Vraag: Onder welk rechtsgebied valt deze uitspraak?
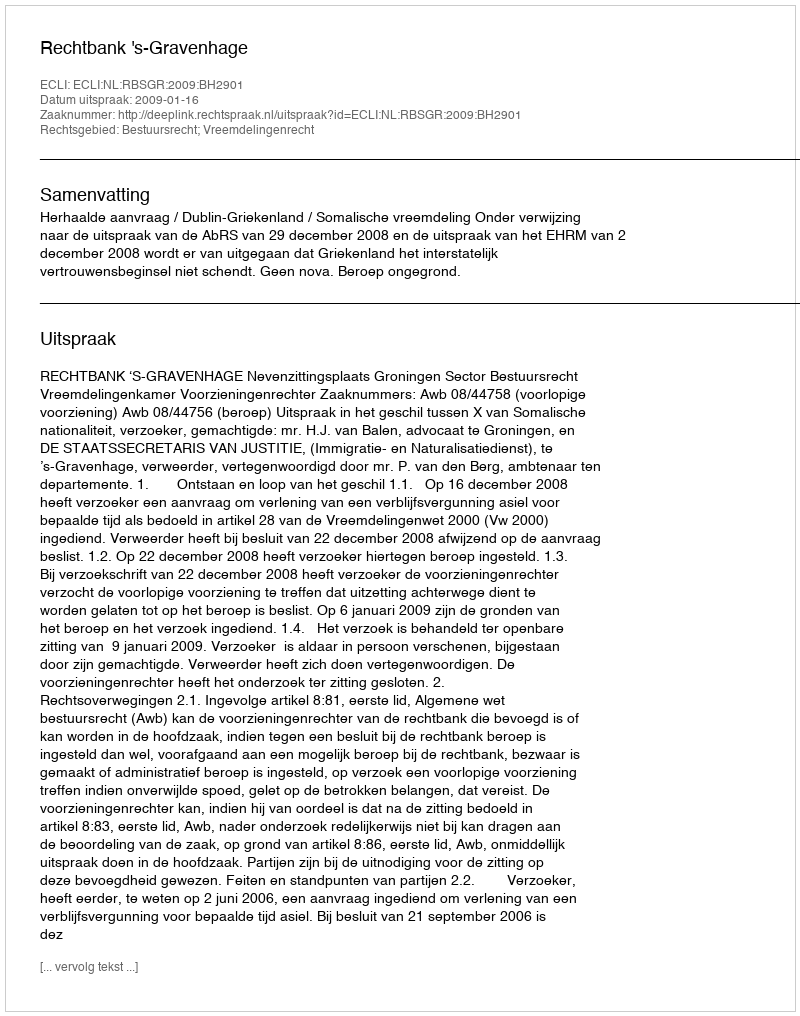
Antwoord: Bestuursrecht; Vreemdelingenrecht